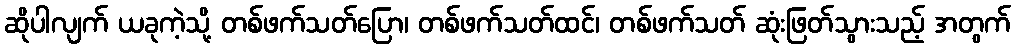
ဆိုပါလျက် ယခုကဲ့သို့ တစ်ဖက်သတ်ပြော၊ တစ်ဖက်သတ်ထင်၊ တစ်ဖက်သတ် ဆုံးဖြတ်သွားသည့် အတွက်